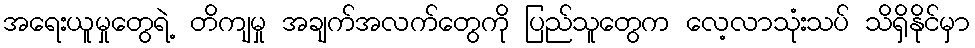
အရေးယူမှုတွေရဲ့ တိကျမှု အချက်အလက်တွေကို ပြည်သူတွေက လေ့လာသုံးသပ် သိရှိနိုင်မှာ